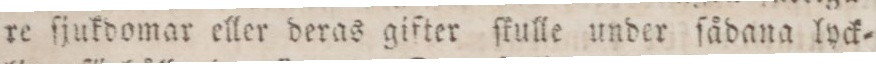
re ſjukdomar eller deras gifter ſkulle under ſådana lyck=